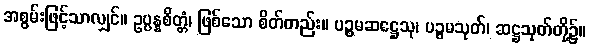
အစွမ်းဖြင့်သာလျှင်။ ဥပ္ပန္နစိတ္တံ၊ ဖြစ်သော စိတ်တည်း။ ပဉ္စမဆဋ္ဌေသု၊ ပဉ္စမသုတ်၊ ဆဋ္ဌသုတ်တို့၌။